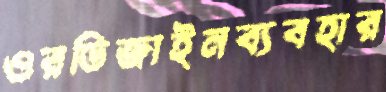
ওরডিজাইনব্যবহার